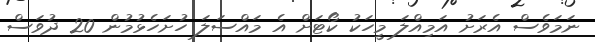
ނަމަވެސް އެރަށު އަމިއްލަ މީހަކު ކޯޓަށް އެ މައްސަލަ ހުށަހެޅުމުން 20 ދުވަސް